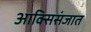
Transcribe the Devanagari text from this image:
आक्सिसंजात